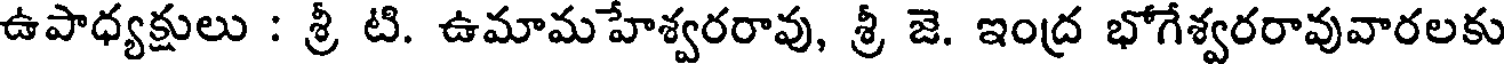
ఉపాధ్యక్షులు : శ్రీ టి. ఉమామహేశ్వరరావు, శ్రీ జె. ఇంద్ర భోగేశ్వరరావువారలకు